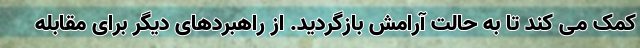
کمک می کند تا به حالت آرامش بازگردید. از راهبردهای دیگر برای مقابله